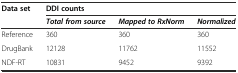
<table><thead><tr><td rowspan="2"><b>Data set</b></td><td colspan="3"><b>DDI counts</b></td></tr><tr><td><b><i>Total from source</i></b></td><td><b><i>Mapped to RxNorm</i></b></td><td><b><i>Normalized</i></b></td></tr></thead><tbody><tr><td>Reference</td><td>360</td><td>360</td><td>360</td></tr><tr><td>DrugBank</td><td>12128</td><td>11762</td><td>11552</td></tr><tr><td>NDF-RT</td><td>10831</td><td>9452</td><td>9392</td></tr></tbody></table>